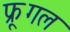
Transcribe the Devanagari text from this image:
फ्रूगल